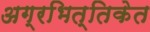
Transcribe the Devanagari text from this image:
अग्रभित्तिकेत